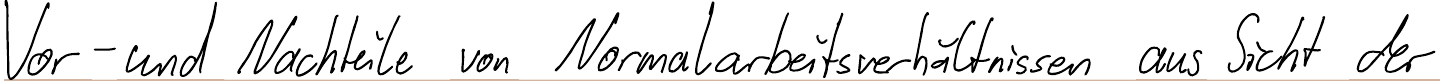
Vor- und Nachteile von Normalarbeitsverhältnissen aus der Sicht der